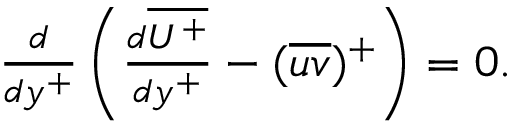
\begin{array} { r } { \frac { d } { d y ^ { + } } \left( \frac { d \overline { { U ^ { + } } } } { d y ^ { + } } - ( \overline { { u v } } ) ^ { + } \right) = 0 . } \end{array}